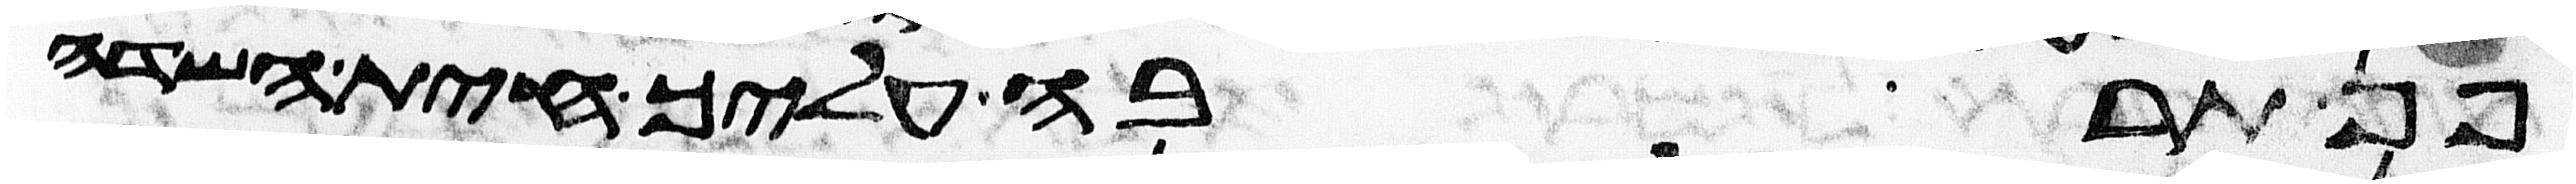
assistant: פן תרבה עליך חית השדה